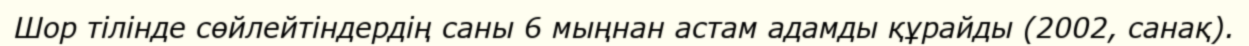
Шор тілінде сөйлейтіндердің саны 6 мыңнан астам адамды құрайды (2002, санақ).